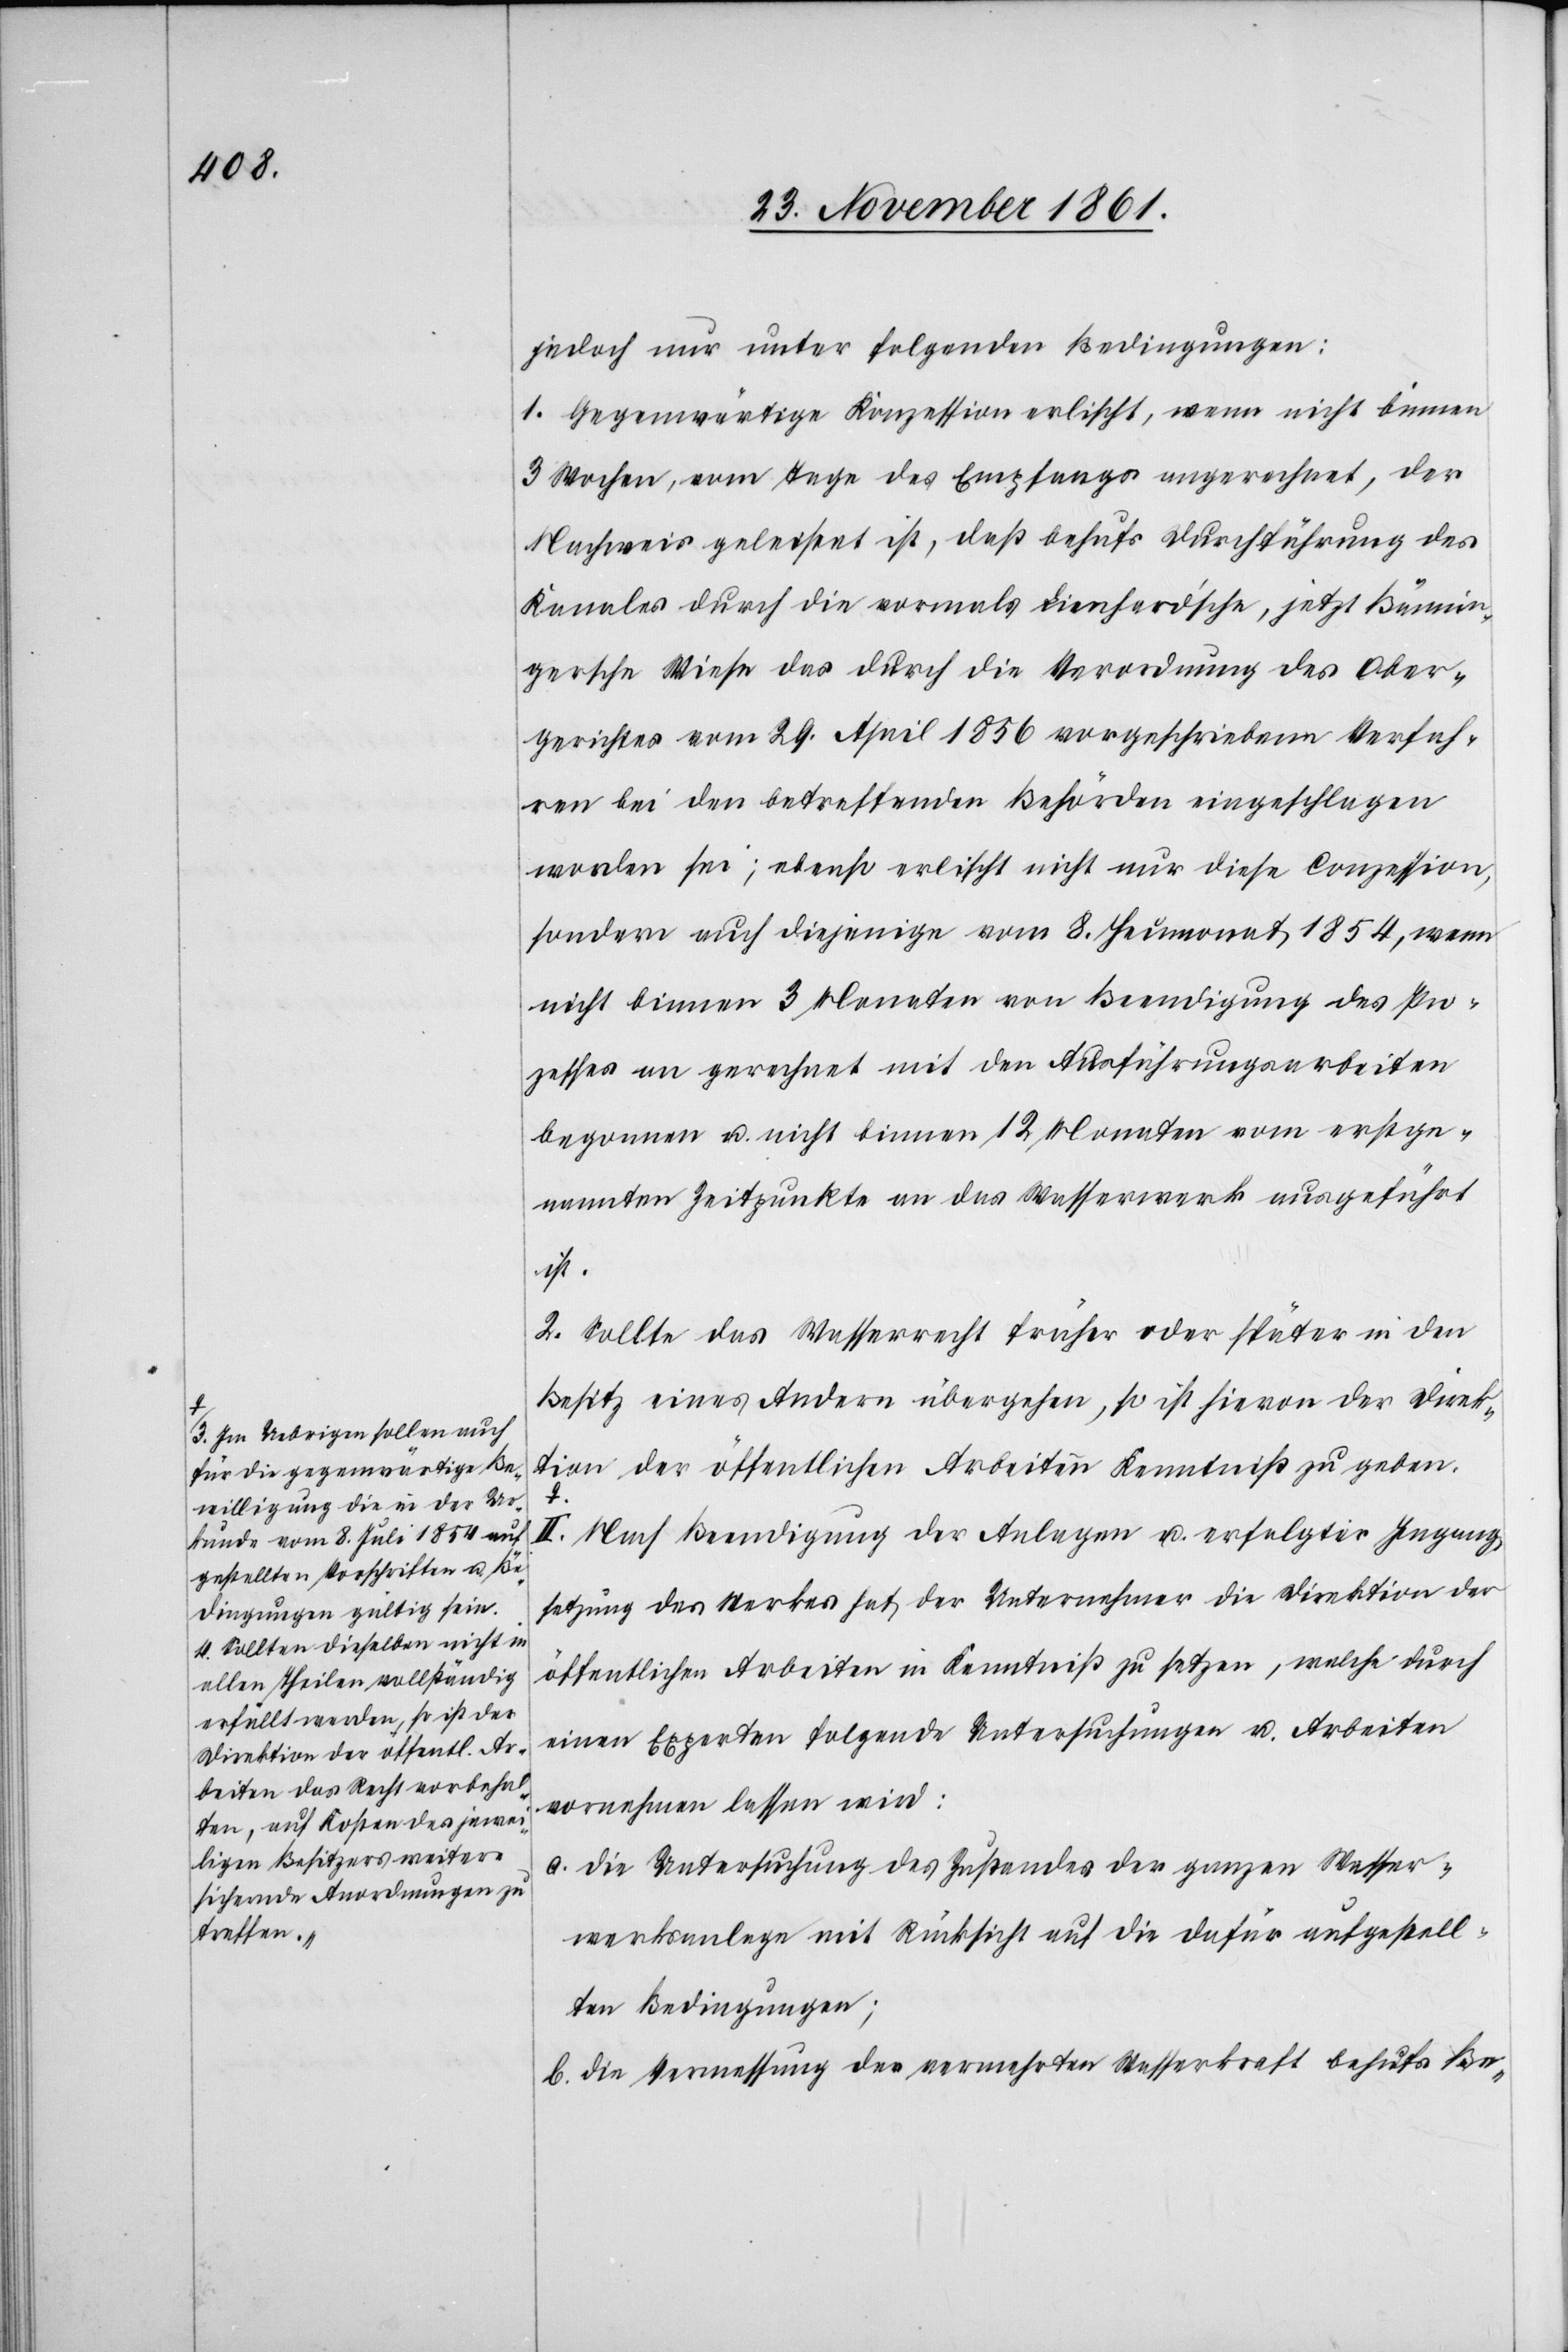
a-3. Im Uebrigen sollen auch
für die gegenwärtige Be¬
willigung die in der Ur¬
kunde vom 8 Juli 1854 auf¬
gestellten Vorschriften u. Be¬
dingungen gültig sein.
4. Sollten dieselben nicht in
allen Theilen vollständig
erfüllt werden, so ist der
Direktion der öffentl. Ar¬
beiten das Recht vorbehal¬
ten, auf Kosten des jewei¬
ligen Besitzers weitere
sichernde Anordnungen zu
treffen.-a

jedoch nur unter folgenden Bedingungen:
1. Gegenwärtige Konzession erlischt, wenn nicht binnen
3 Wochen, vom Tage des Empfanges angerechnet, der
Nachweis geleistet ist, daß behufs Durchführung des
Kanales durch die vormals Lienhard’sche, jetzt Bännin¬
gersche Wiese das durch die Verordnung des Ober¬
gerichtes vom 29 April 1856 vorgeschriebene Verfah¬
ren bei den betreffenden Behörden eingeschlagen
worden sei; ebenso erlischt nicht nur diese Conzession,
sondern auch diejenige vom 8 Heumonat 1854, wenn
nicht binnen 3 Monaten von Beendigung des Pro¬
zesses an gerechnet mit den Ausführungsarbeiten
begonnen u. nicht binnen 12 Monaten vom erstge¬
nannten Zeitpunkte an das Wasserwerk ausgeführt
ist.
2. Sollte das Wasserrecht früher oder später in den
Besitz eines Andern übergehen, so ist hievon der Direk¬
tion der öffentlichen Arbeiten Kenntniß zu geben.
II. Nach Beendigung der Anlagen u. erfolgter Ingang¬
setzung des Werkes hat der Unternehmer die Direktion der
öffentlichen Arbeiten in Kenntniß zu setzen, welche durch
einen Experten folgende Untersuchungen u. Arbeiten
vornehmen lassen wird:
a. die Untersuchung des Zustandes der ganzen Wasser¬
werksanlage mit Rücksicht auf die dafür aufgestell¬
ten Bedingungen;
b. die Vermessung der vermehrten Wasserkraft behufs Be-